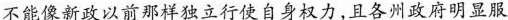
不能像新政以前那样独立行使自身权力，且各州政府明显服